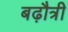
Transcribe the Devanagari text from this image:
बढ़ौत्री